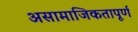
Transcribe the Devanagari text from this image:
असामाजिकतापूर्ण